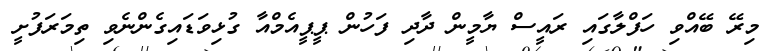
މިރޭ ބޭއްވި ހަފްލާގައި ރައީސް ޔާމީން ދާދި ފަހުން ޕީޕީއެމްއާ ގުޅިވަޑައިގެންނެވި ތިމަރަފުށީ